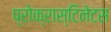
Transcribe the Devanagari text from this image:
प्रोक्रास्टिनेटस